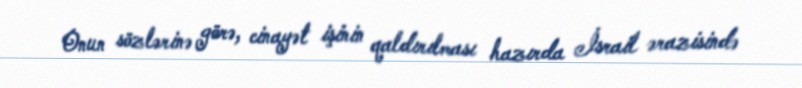
Onun sözlərinə görə, cinayət işinin qaldırılması hazırda İsrail ərazisində